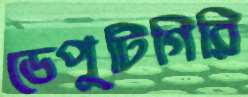
ডেপুটিগিরি